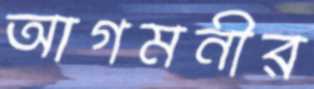
আগমনীর